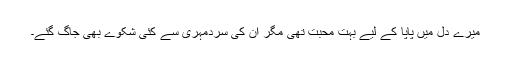
میرے دل میں پاپا کے لیے بہت محبت تھی مگر ان کی سردمہری سے کئی شکوے بھی جاگ گئے۔